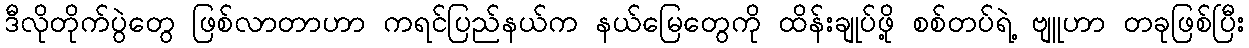
ဒီလိုတိုက်ပွဲတွေ ဖြစ်လာတာဟာ ကရင်ပြည်နယ်က နယ်မြေတွေကို ထိန်းချုပ်ဖို့ စစ်တပ်ရဲ့ ဗျူဟာ တခုဖြစ်ပြီး